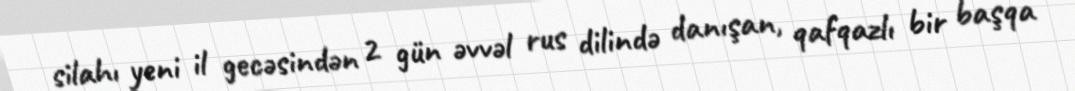
silahı yeni il gecəsindən 2 gün əvvəl rus dilində danışan, qafqazlı bir başqa